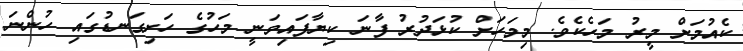
ކެއުމަށް މީރު މަހެކެވެ. މިމަހަށް ކުޅަދުރު ފާނަ ކިޔާފައިވަނީ މަހުގެ ހަށިގަނޑުގައި ހުންނަ